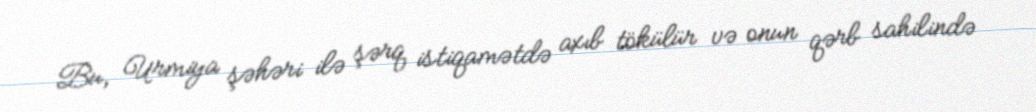
Bu, Urmiya şəhəri ilə şərq istiqamətdə axıb tökülür və onun qərb sahilində